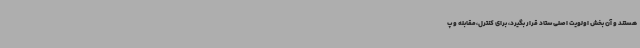
هستند و آن بخش اولویت اصلی ستاد قرار بگیرد، برای کنترل،مقابله و پ